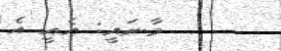
މާނައީ: އެއީ އެ